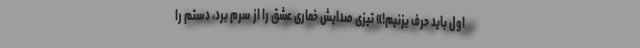
اول باید حرف بزنیم!» تیزی صدایش خماری عشق را از سرم بُرد، دستم را